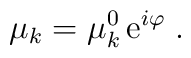
\mu_k = \mu^0_k \, \mbox{e}^{i \varphi} \;.